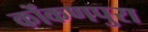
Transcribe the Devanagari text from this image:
कोंकणपुरा